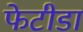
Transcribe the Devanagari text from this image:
फेटीडा